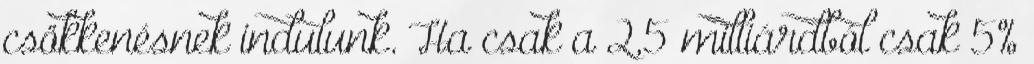
csökkenésnek indulunk. Ha csak a 2,5 milliárdból csak 5%